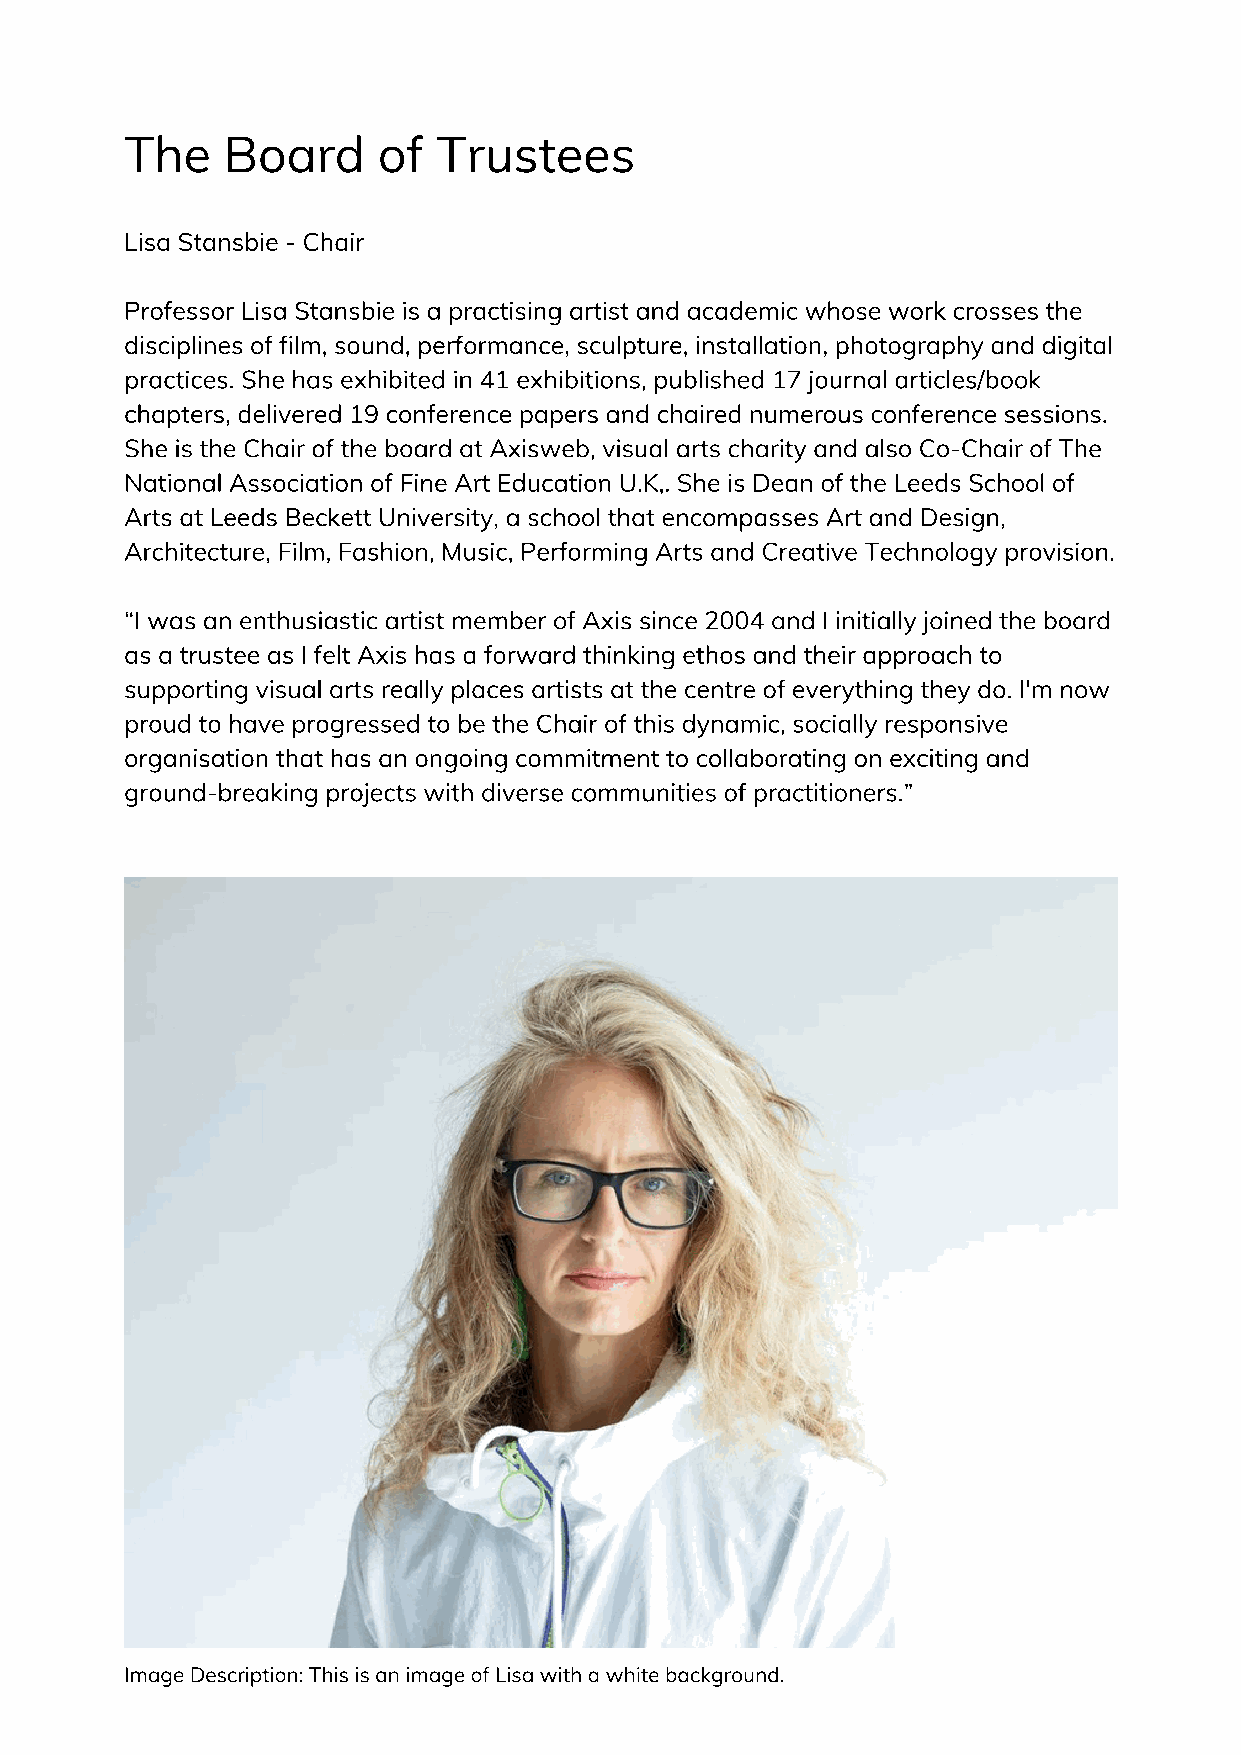
The    Board     of  Trustees
 Lisa Stansbie - Chair
 Professor Lisa Stansbie is a practising artist and academic whose work crosses the
 disciplines of film, sound, performance, sculpture, installation, photography and digital
 practices. She has exhibited in 41 exhibitions, published 17 journal articles/book
 chapters, delivered 19 conference papers and chaired numerous conference sessions.
 She is the Chair of the board at Axisweb, visual arts charity and also Co-Chair of The
 National Association of Fine Art Education U.K,. She is Dean of the Leeds School of
 Arts at Leeds Beckett University, a school that encompasses Art and Design,
 Architecture, Film, Fashion, Music, Performing Arts and Creative Technology provision.
 “I was an enthusiastic artist member of Axis since 2004 and I initially joined the board
 as a trustee as I felt Axis has a forward thinking ethos and their approach to
 supporting visual arts really places artists at the centre of everything they do. I'm now
 proud to have progressed to be the Chair of this dynamic, socially responsive
 organisation that has an ongoing commitment to collaborating on exciting and
 ground-breaking projects with diverse communities of practitioners.”
 Image Description: This is an image of Lisa with a white background.